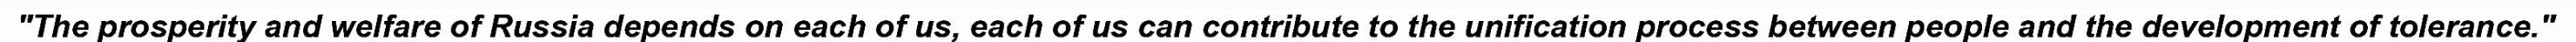
"The prosperity and welfare of Russia depends on each of us, each of us can contribute to the unification process between people and the development of tolerance."